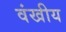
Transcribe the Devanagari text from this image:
वंखीय